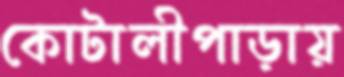
কোটালীপাড়ায়